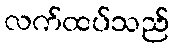
လက်ထပ်သည်